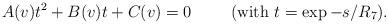
LaTeX: \begin{align*}A(v)t^2 + B(v)t + C(v)=0 \hspace{1cm} (\hbox{with $t=\exp -s/R_7$}).\end{align*}